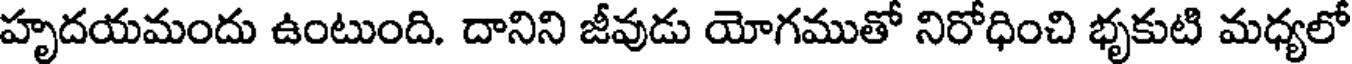
హృదయమందు ఉంటుంది. దానిని జీవుడు యోగముతో నిరోధించి భృకుటి మధ్యలో